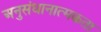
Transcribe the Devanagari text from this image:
अनुसंधानात्मकता